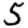
Digit: 5